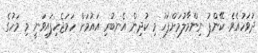
ދުވަހުއެވެ. ކޭންޕު ނިންމާލުމަށްފަހު މި ކުދިން އެނބުރި އައުމަށް ހަމަޖެހިފައިވަނީ މި މަހުގެ